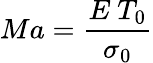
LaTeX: Ma=\frac{E~T_{0}}{\sigma_{0}}